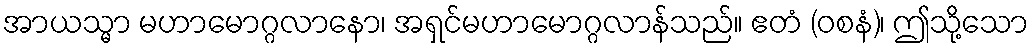
အာယသ္မာ မဟာမောဂ္ဂလာနော၊ အရှင်မဟာမောဂ္ဂလာန်သည်။ ဧတံ (ဝစနံ)၊ ဤသို့သော